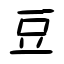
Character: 豆